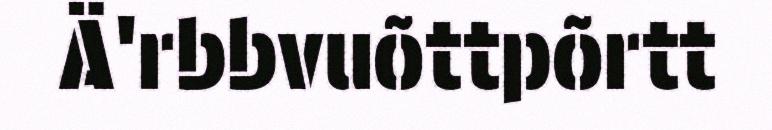
Ä'rbbvuõttpõrtt